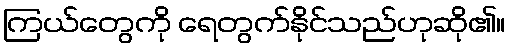
ကြယ်တွေကို ရေတွက်နိုင်သည်ဟုဆို၏။